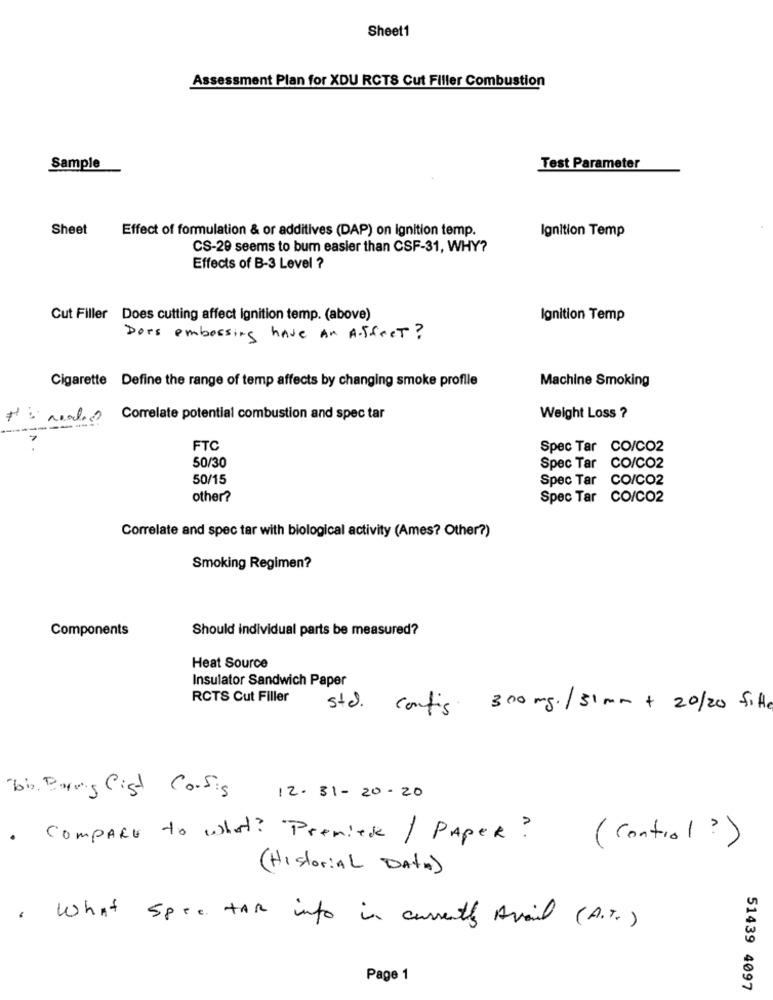
Sheet1
Assessment Plan for XDU RCTS Cut Filler Combustion
Sample
Test Parameter
Sheet
Effect of formulation & or additives (DAP) on ignition temp.
Ignition Temp
CS-29 seems to bum easier than CSF-31, WHY?
Effects of B-3 Level ?
Cut Filler Does cutting affect ignition temp. (above)
Ignition Temp
Dors embossing have An Affect?
Cigarette Define the range of temp affects by changing smoke profile
Machine Smoking
#: neod Correlate potential combustion and spec tar
Weight Loss ?
FTC
Spec Tar CO/CO2
50/30
Spec Tar
CO/CO2
50/15
Spec Tar
CO/CO2
other?
Spec Tar CO/CO2
Correlate and spec tar with biological activity (Ames? Other?)
Smoking Regimen?
Components
Should individual parts be measured?
Heat Source
Insulator Sandwich Paper
RCTS Cut Filler
std.
config 300 mg./31 mm + 20/20 fifth
bb. Boris Cist Confis
12- 31 - 20 - 20
. COMPARE to what? Premier / PAPER? (Control ?)
( Historial DATA)
What Spre tar info is currently Avail (A.r. )
Page 1
51439 4097